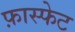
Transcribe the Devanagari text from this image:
फ़ास्फेट